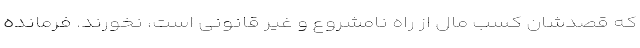
که قصدشان کسب مال از راه نامشروع و غیر قانونی است، نخورند. فرمانده